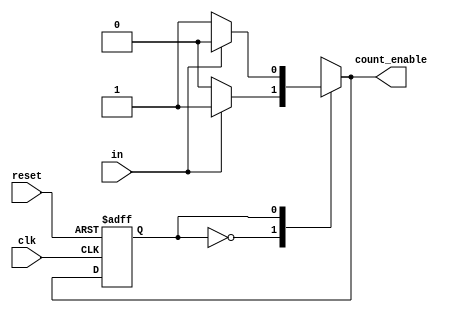
`timescale 1ns / 1ps
`define STAT_PAUSE 0
`define STAT_COUNT 1
`define STAT_DEF 2
`define ENABLED 1
`define DISABLED 0
module pause_fsm(
    count_enable, // if counter is enabled 
    in, //input control
    clk, // global clock signal
    reset // low active reset
);
// outputs
output count_enable; // if counter is enabled 
// inputs
input clk; // global clock signal
input reset; // low active reset
input in; //input control
reg count_enable; // if counter is enabled 
reg state; // state of FSM
reg next_state; // next state of FSM
// FSM state decision
always @*
    case (state)
    `DISABLED:
        if (in) begin
            next_state = `STAT_COUNT;
            count_enable = `ENABLED;
        end
        else begin
            next_state = `STAT_PAUSE;
            count_enable = `DISABLED;
        end
    `ENABLED:
        if (in) begin
            next_state = `STAT_PAUSE;
            count_enable = `DISABLED;
        end
        else begin
            next_state = `STAT_COUNT;
            count_enable = `ENABLED;
        end
    endcase
// FSM state transition
always @(posedge clk or negedge reset)
    if (~reset)
        state <= `STAT_COUNT;
    else
        state <= next_state;
endmodule